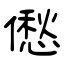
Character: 僽